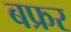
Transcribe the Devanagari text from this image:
बफ्रर